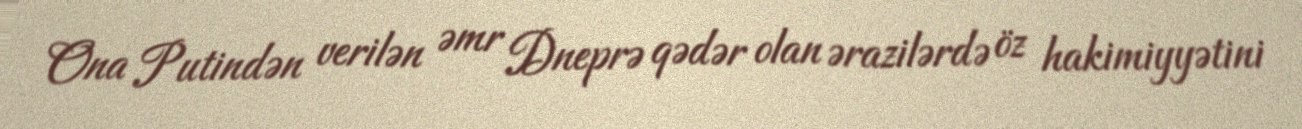
Ona Putindən verilən əmr Dneprə qədər olan ərazilərdə öz hakimiyyətini